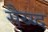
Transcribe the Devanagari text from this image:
सैय्य्द